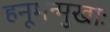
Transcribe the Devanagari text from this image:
हनूमन्मुखाः